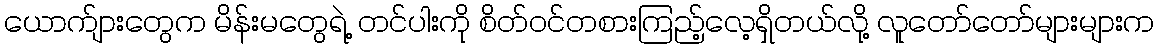
ယောက်ျားတွေက မိန်းမတွေရဲ့ တင်ပါးကို စိတ်ဝင်တစားကြည့်လေ့ရှိတယ်လို့ လူတော်တော်များများက